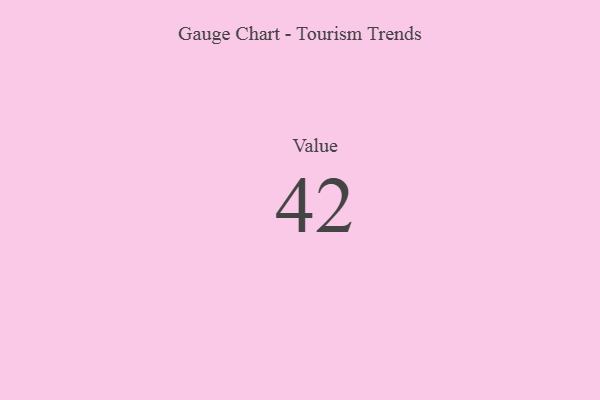
{"axis": {"x": "Metric", "y": "Value"}, "legend": [""], "data": [{"x": "Value", "y": 42, "type": ""}]}